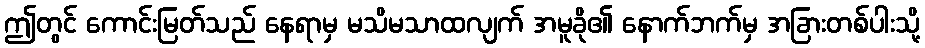
ဤတွင် ကောင်းမြတ်သည် နေရာမှ မသိမသာထလျက် အမူခို၏ နောက်ဘက်မှ အခြားတစ်ပါးသို့